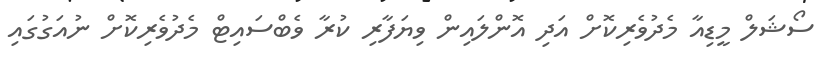
ސޯޝަލް މީޑިއާ މެދުވެރިކޮށް އަދި އޮންލައިން ވިޔަފާރި ކުރާ ވެބްސައިޓް މެދުވެރިކޮށް ނުއަގުގައި